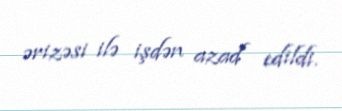
ərizəsi ilə işdən azad edildi.